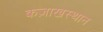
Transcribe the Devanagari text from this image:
कज़ाखस्थान